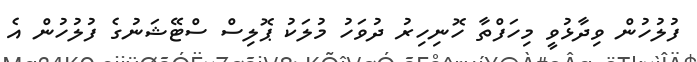
ފުލުހުން ވިދާޅުވީ މިހަފްތާ ހޮނިހިރު ދުވަހު މުލަކު ޕޮލިސް ސްޓޭޝަނުގެ ފުލުހުން އެ